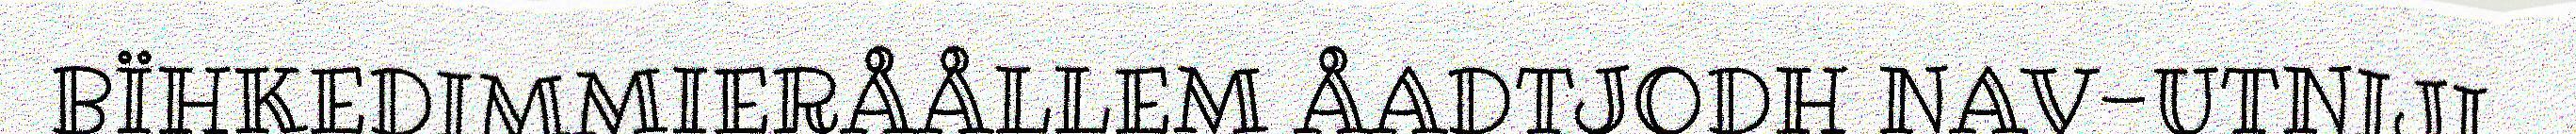
BÏHKEDIMMIERÅÅLLEM ÅADTJODH NAV-UTNIJI